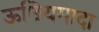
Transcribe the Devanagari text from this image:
ऊछियमादा